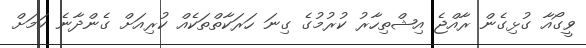
ވީގޯއާ ގުޅިގެން ރާއްޖެ އިޝްތިހާރު ކުރުމުގެ ގިނަ ހަރަކާތްތަކެއް ކުރިއަށް ގެންދާނެ ކަމަށް